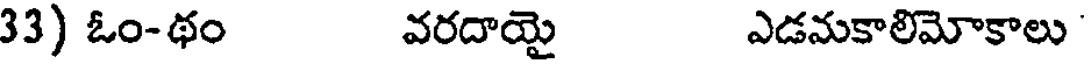
33) ఓం-థం వరదాయై ఎడమకాలిమోకాలు